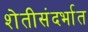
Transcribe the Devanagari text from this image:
शेतीसंदर्भात